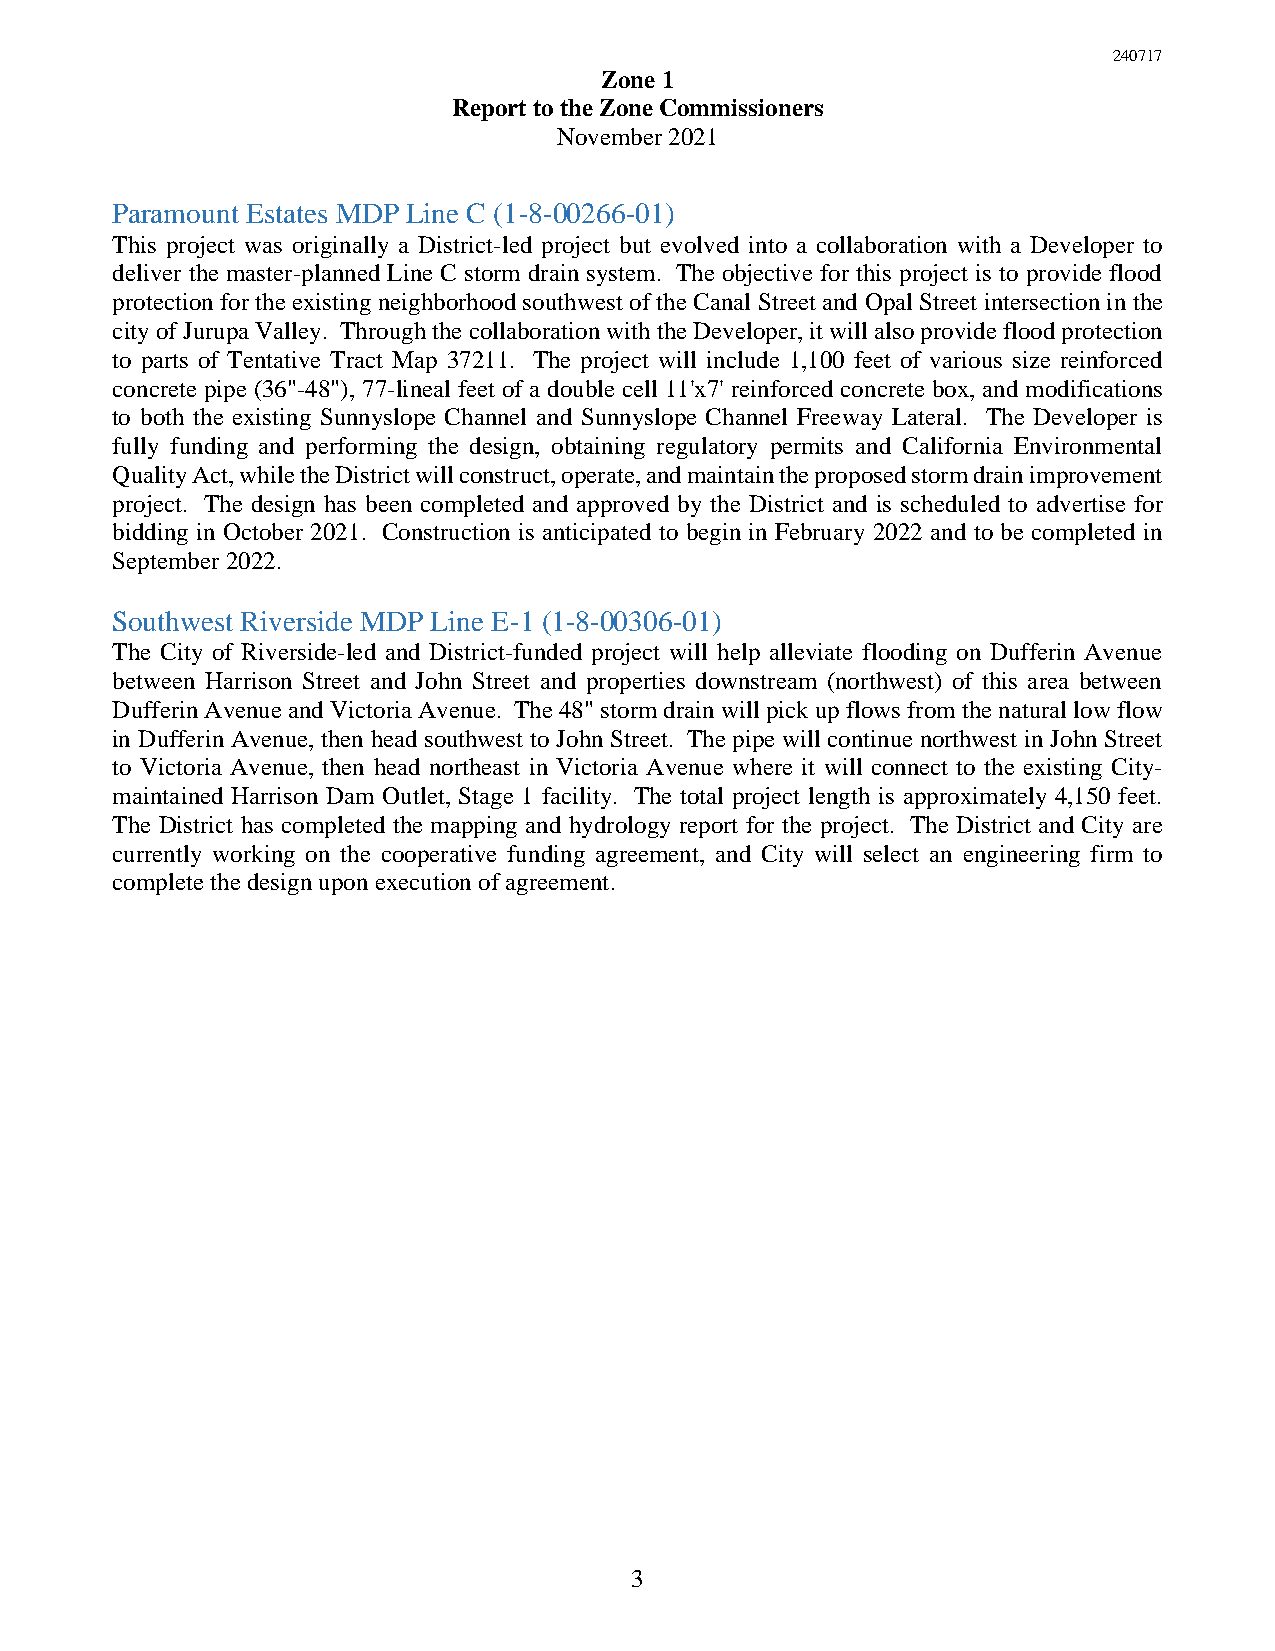
240717
 Zone 1
 Report to the Zone Commissioners
 November 2021
 Paramount Estates MDP Line C (1-8-00266-01)
 This project was originally a District-led project but evolved into a collaboration with a Developer to
 deliver the master-planned Line C storm drain system. The objective for this project is to provide flood
 protection for the existing neighborhood southwest of the Canal Street and Opal Street intersection in the
 city of Jurupa Valley. Through the collaboration with the Developer, it will also provide flood protection
 to parts of Tentative Tract Map 37211. The project will include 1,100 feet of various size reinforced
 concrete pipe (36"-48"), 77-lineal feet of a double cell 11'x7' reinforced concrete box, and modifications
 to both the existing Sunnyslope Channel and Sunnyslope Channel Freeway Lateral. The Developer is
 fully funding and performing the design, obtaining regulatory permits and California Environmental
 Quality Act, while the District will construct, operate, and maintain the proposed storm drain improvement
 project. The design has been completed and approved by the District and is scheduled to advertise for
 bidding in October 2021. Construction is anticipated to begin in February 2022 and to be completed in
 September 2022.
 Southwest Riverside MDP Line E-1 (1-8-00306-01)
 The City of Riverside-led and District-funded project will help alleviate flooding on Dufferin Avenue
 between Harrison Street and John Street and properties downstream (northwest) of this area between
 Dufferin Avenue and Victoria Avenue. The 48" storm drain will pick up flows from the natural low flow
 in Dufferin Avenue, then head southwest to John Street. The pipe will continue northwest in John Street
 to Victoria Avenue, then head northeast in Victoria Avenue where it will connect to the existing City-
 maintained Harrison Dam Outlet, Stage 1 facility. The total project length is approximately 4,150 feet.
 The District has completed the mapping and hydrology report for the project. The District and City are
 currently working on the cooperative funding agreement, and City will select an engineering firm to
 complete the design upon execution of agreement.
 3